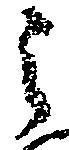
之